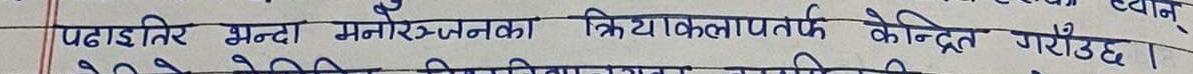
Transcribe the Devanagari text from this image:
पढाइतिर भन्दा मनोरञ्जनका क्रियाकलापतर्फ केन्द्रित गराउँछ।